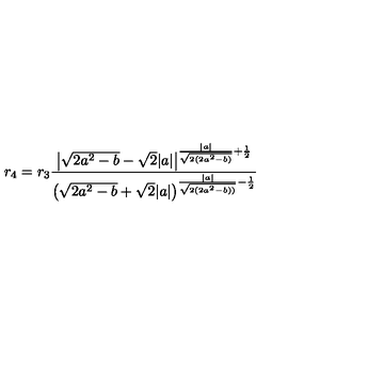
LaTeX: r _ { 4 } = r _ { 3 } \frac { \big | \sqrt { 2 a ^ { 2 } - b } - \sqrt { 2 } | a | \big | ^ { \frac { | a | } { \sqrt { 2 ( 2 a ^ { 2 } - b ) } } + \frac { 1 } { 2 } } } { \big ( \sqrt { 2 a ^ { 2 } - b } + \sqrt { 2 } | a | \big ) ^ { \frac { | a | } { \sqrt { 2 ( 2 a ^ { 2 } - b ) ) } } - \frac { 1 } { 2 } } }